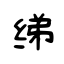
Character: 绨